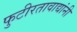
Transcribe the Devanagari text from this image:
फुटीरतावाद्यांनी